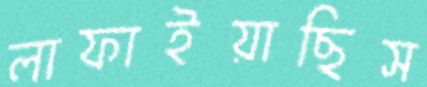
লাফাইয়াছিস